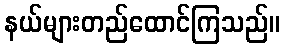
နယ်များတည်ထောင်ကြသည်။